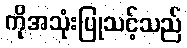
ကိုအသုံးပြုသင့်သည်